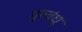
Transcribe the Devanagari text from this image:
गुरुबंधु